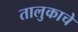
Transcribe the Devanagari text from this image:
तालुकाचे